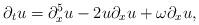
LaTeX: \begin{align*}\partial_{t}u=\partial_{x}^{5}u-2u\partial_{x}u+\omega\partial_{x}u,\end{align*}